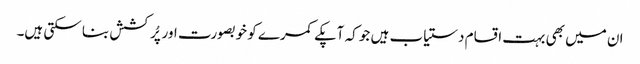
ان میں بھی بہت اقسام دستیاب ہیں جو کہ آپکے کمرے کو خوبصورت اور پُرکشش بنا سکتی ہیں۔